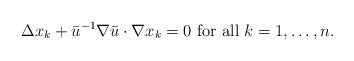
LaTeX: \begin{align*}\Delta x_k + \bar u^{-1} \nabla \bar u \cdot \nabla x_k=0 \mbox{ for all } k =1, \dots, n.\end{align*}